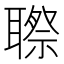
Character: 䏅